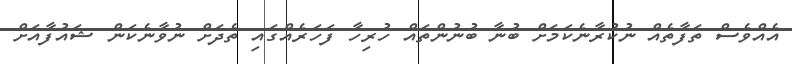
އެއްވެސް ތަފާތެއް ނުކުރާނެކަމަށް ބުނާ ބުނުންތައް ހުރިހާ ފަހަރެއްގައި ތެދަށް ނުވާނެކަން ޝައުފާއަށް